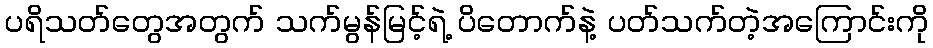
ပရိသတ်တွေအတွက် သက်မွန်မြင့်ရဲ့ ပိတောက်နဲ့ ပတ်သက်တဲ့အကြောင်းကို